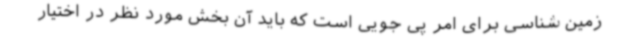
زمین شناسی برای امر پی جویی است که باید آن بخش مورد نظر در اختیار